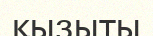
қызыты